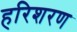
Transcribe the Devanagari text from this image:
हरिशरण